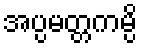
အပ္ပမတ္တကမ္ပိ